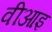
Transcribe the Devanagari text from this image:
वीआइ